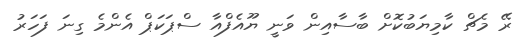
ރޭ މެޗް ކާމިޔަބުކޮށް ބާސާއިން ވަނީ ޔޫއެފްއާ ސްޕަކަޕް އެންމެ ގިނަ ފަހަރު